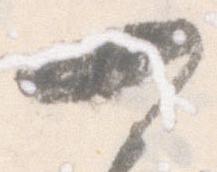
可